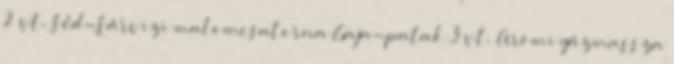
2 vt. Séd-Sárvizi malomcsatorna Gaja-patak 3 vt. Ürömi gázmassza